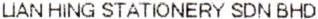
LIAN HING STATIONERY SDN BHD